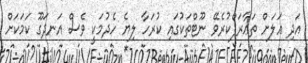
އަދި އަލަށް ތަޢާރަފްކުރެވޭ ނޫޓްތަކުގައި ކުރަހާ ލިޔެ ހެދުމަކީ ވެސް އަނދަގޫ ކަމަކަށް